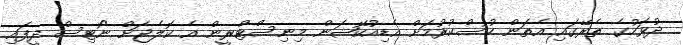
ދުވަހުގެ ތެރޭގައި އެތަން ހުސްކުރުމަށް އެޑިއުކޭޝަން މިނިސްޓްރީން އެ ކޮލެޖަށް ނޯޓިސް ދީފައި